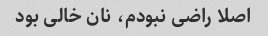
اصلا راضی نبودم، نان خالی بود